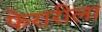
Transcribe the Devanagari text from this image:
फेरारीला